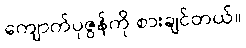
ကျောက်ပုဇွန်ကို စားချင်တယ်။